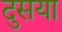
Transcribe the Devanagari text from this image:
दुसया